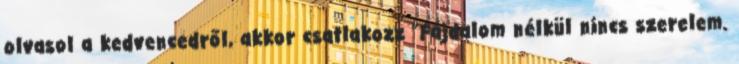
olvasol a kedvencedről, akkor csatlakozz "Fájdalom nélkül nincs szerelem.